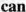
can